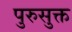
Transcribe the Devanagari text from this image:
पुरुसुक्त